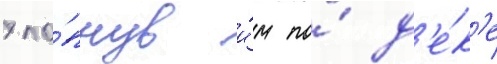
хло́пнув и́м по́ д'е́к'е